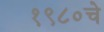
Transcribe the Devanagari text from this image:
१९८०चे